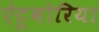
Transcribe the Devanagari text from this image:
ऐटूबोरिया